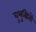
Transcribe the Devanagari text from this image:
बुभुक्षितों